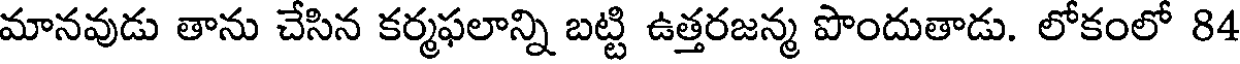
మానవుడు తాను చేసిన కర్మఫలాన్ని బట్టి ఉత్తరజన్మ పొందుతాడు. లోకంలో 84